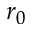
r _ { 0 }